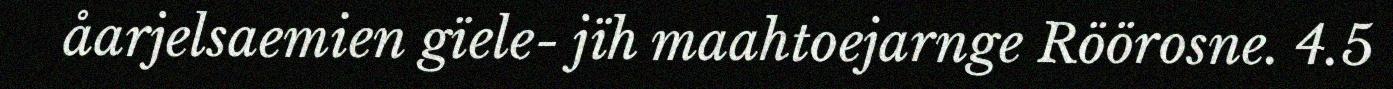
åarjelsaemien gïele- jïh maahtoejarnge Röörosne. 4.5